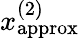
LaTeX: x_{\mathrm{approx}}^{(2)}